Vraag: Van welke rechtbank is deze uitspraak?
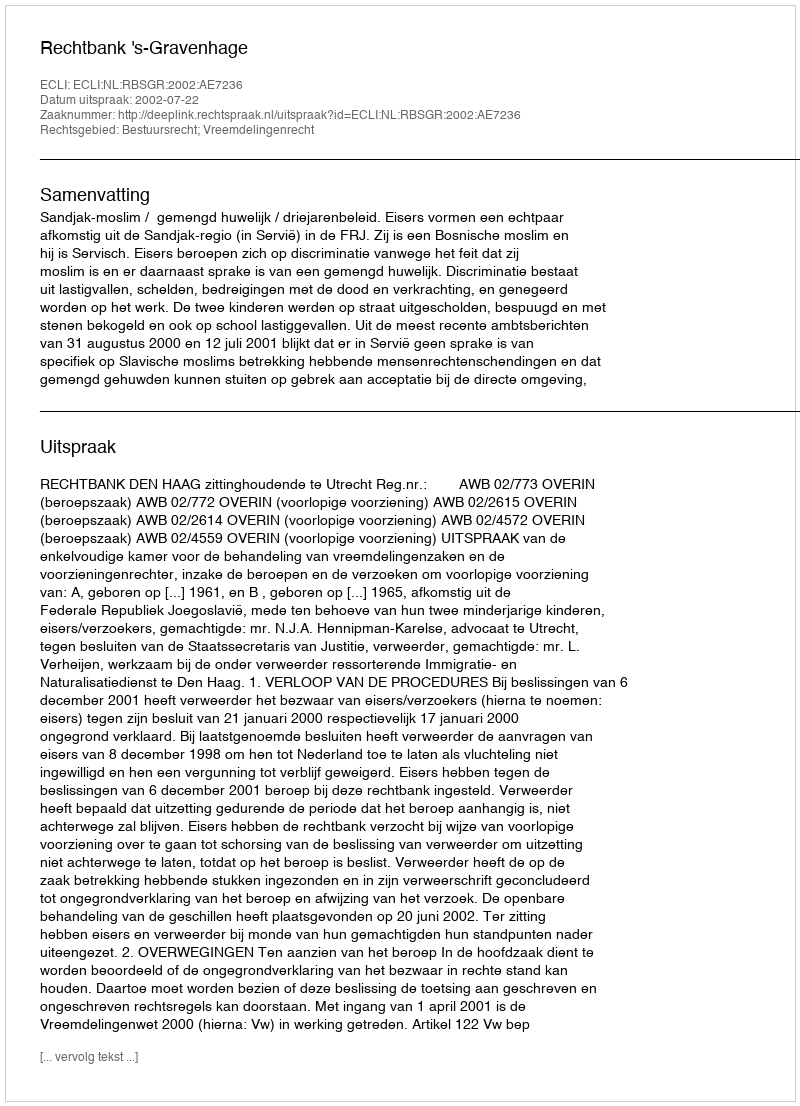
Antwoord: Rechtbank 's-Gravenhage